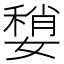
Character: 𡡏